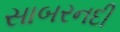
સાબરનદી